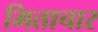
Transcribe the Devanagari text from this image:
मिताचार